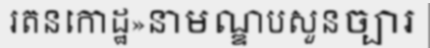
រតនកោដ្ឋ»នាមណ្ឌបសួនច្បារ